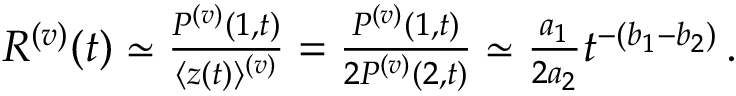
\begin{array} { r } { \begin{array} { r } { R ^ { ( v ) } ( t ) \simeq \frac { P ^ { ( v ) } ( { 1 } , { t } ) } { \langle z ( t ) \rangle ^ { ( v ) } } = \frac { P ^ { ( v ) } ( { 1 } , { t } ) } { 2 P ^ { ( v ) } ( { 2 } , { t } ) } \simeq \frac { a _ { 1 } } { 2 a _ { 2 } } t ^ { - ( b _ { 1 } - b _ { 2 } ) } \, . } \end{array} } \end{array}